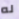
له